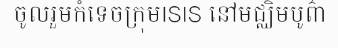
ចូលរួមកំទេចក្រុមISIS នៅមជ្ឈិមបូព៌ា